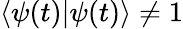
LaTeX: \langle\psi(t)|\psi(t)\rangle\neq 1